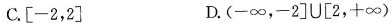
C.\left[-2,2\right] D.(-\infty,-2\right]U\left[,+\infty)